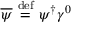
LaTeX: { \overline { { \psi } } } \ { \stackrel { \mathrm { d e f } } { = } } \ \psi ^ { \dagger } \gamma ^ { 0 }